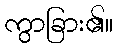
ကွာခြား၏။